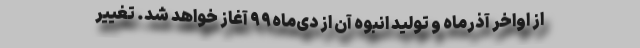
از اواخر آذرماه و تولید انبوه آن از دی‌ماه۹۹ آغاز خواهد شد. تغییر